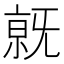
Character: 𣄶